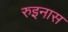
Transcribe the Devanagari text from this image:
रुइनास